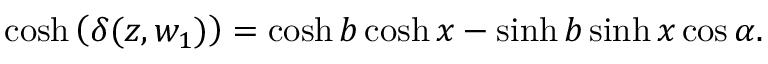
\cosh \left( \delta ( z , w _ { 1 } ) \right) = \cosh b \cosh x - \sinh b \sinh x \cos \alpha .